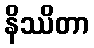
နိဿိတာ